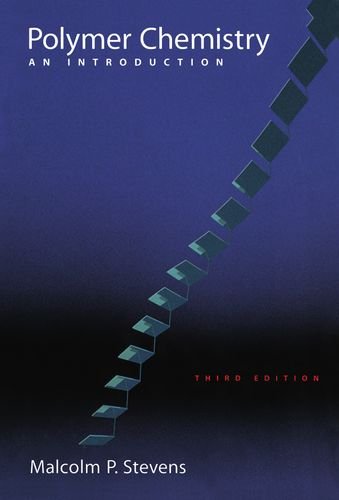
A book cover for Polymer Chemistry: An Introduction; Malcolm P. Stevens; Science & Math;